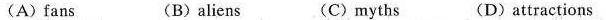
(A)fans (B)aliens (C)myths (D)attractions